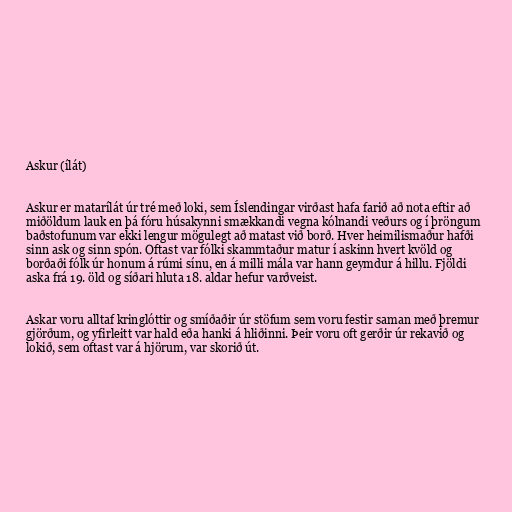
Askur (ílát)

Askur er matarílát úr tré með loki, sem Íslendingar virðast hafa farið að nota eftir að
miðöldum lauk en þá fóru húsakynni smækkandi vegna kólnandi veðurs og í þröngum
baðstofunum var ekki lengur mögulegt að matast við borð. Hver heimilismaður hafði
sinn ask og sinn spón. Oftast var fólki skammtaður matur í askinn hvert kvöld og
borðaði fólk úr honum á rúmi sínu, en á milli mála var hann geymdur á hillu. Fjöldi
aska frá 19. öld og síðari hluta 18. aldar hefur varðveist.

Askar voru alltaf kringlóttir og smíðaðir úr stöfum sem voru festir saman með þremur
gjörðum, og yfirleitt var hald eða hanki á hliðinni. Þeir voru oft gerðir úr rekavið og
lokið, sem oftast var á hjörum, var skorið út.